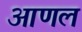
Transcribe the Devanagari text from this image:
आणल